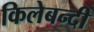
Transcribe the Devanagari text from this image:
किलेबन्‍दी